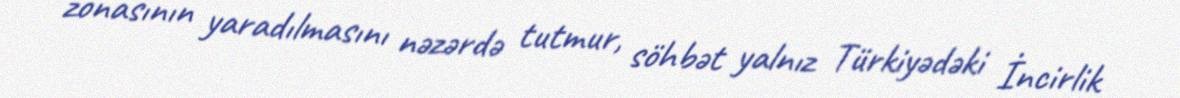
zonasının yaradılmasını nəzərdə tutmur, söhbət yalnız Türkiyədəki İncirlik